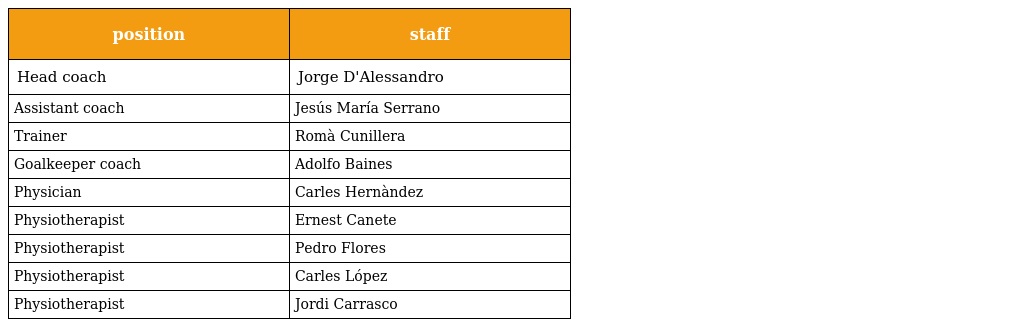
| position | staff |
 | --- | --- |
 | Head coach | Jorge D'Alessandro |
 | Assistant coach | Jesús María Serrano |
 | Trainer | Romà Cunillera |
 | Goalkeeper coach | Adolfo Baines |
 | Physician | Carles Hernàndez |
 | Physiotherapist | Ernest Canete |
 | Physiotherapist | Pedro Flores |
 | Physiotherapist | Carles López |
 | Physiotherapist | Jordi Carrasco |